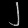
Digit: ၂